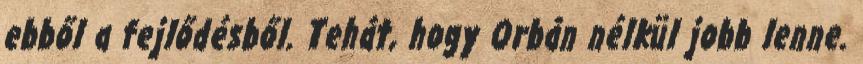
ebből a fejlődésből. Tehát, hogy Orbán nélkül jobb lenne.